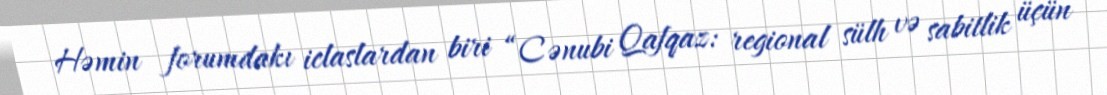
Həmin forumdakı iclaslardan biri “Cənubi Qafqaz: regional sülh və sabitlik üçün